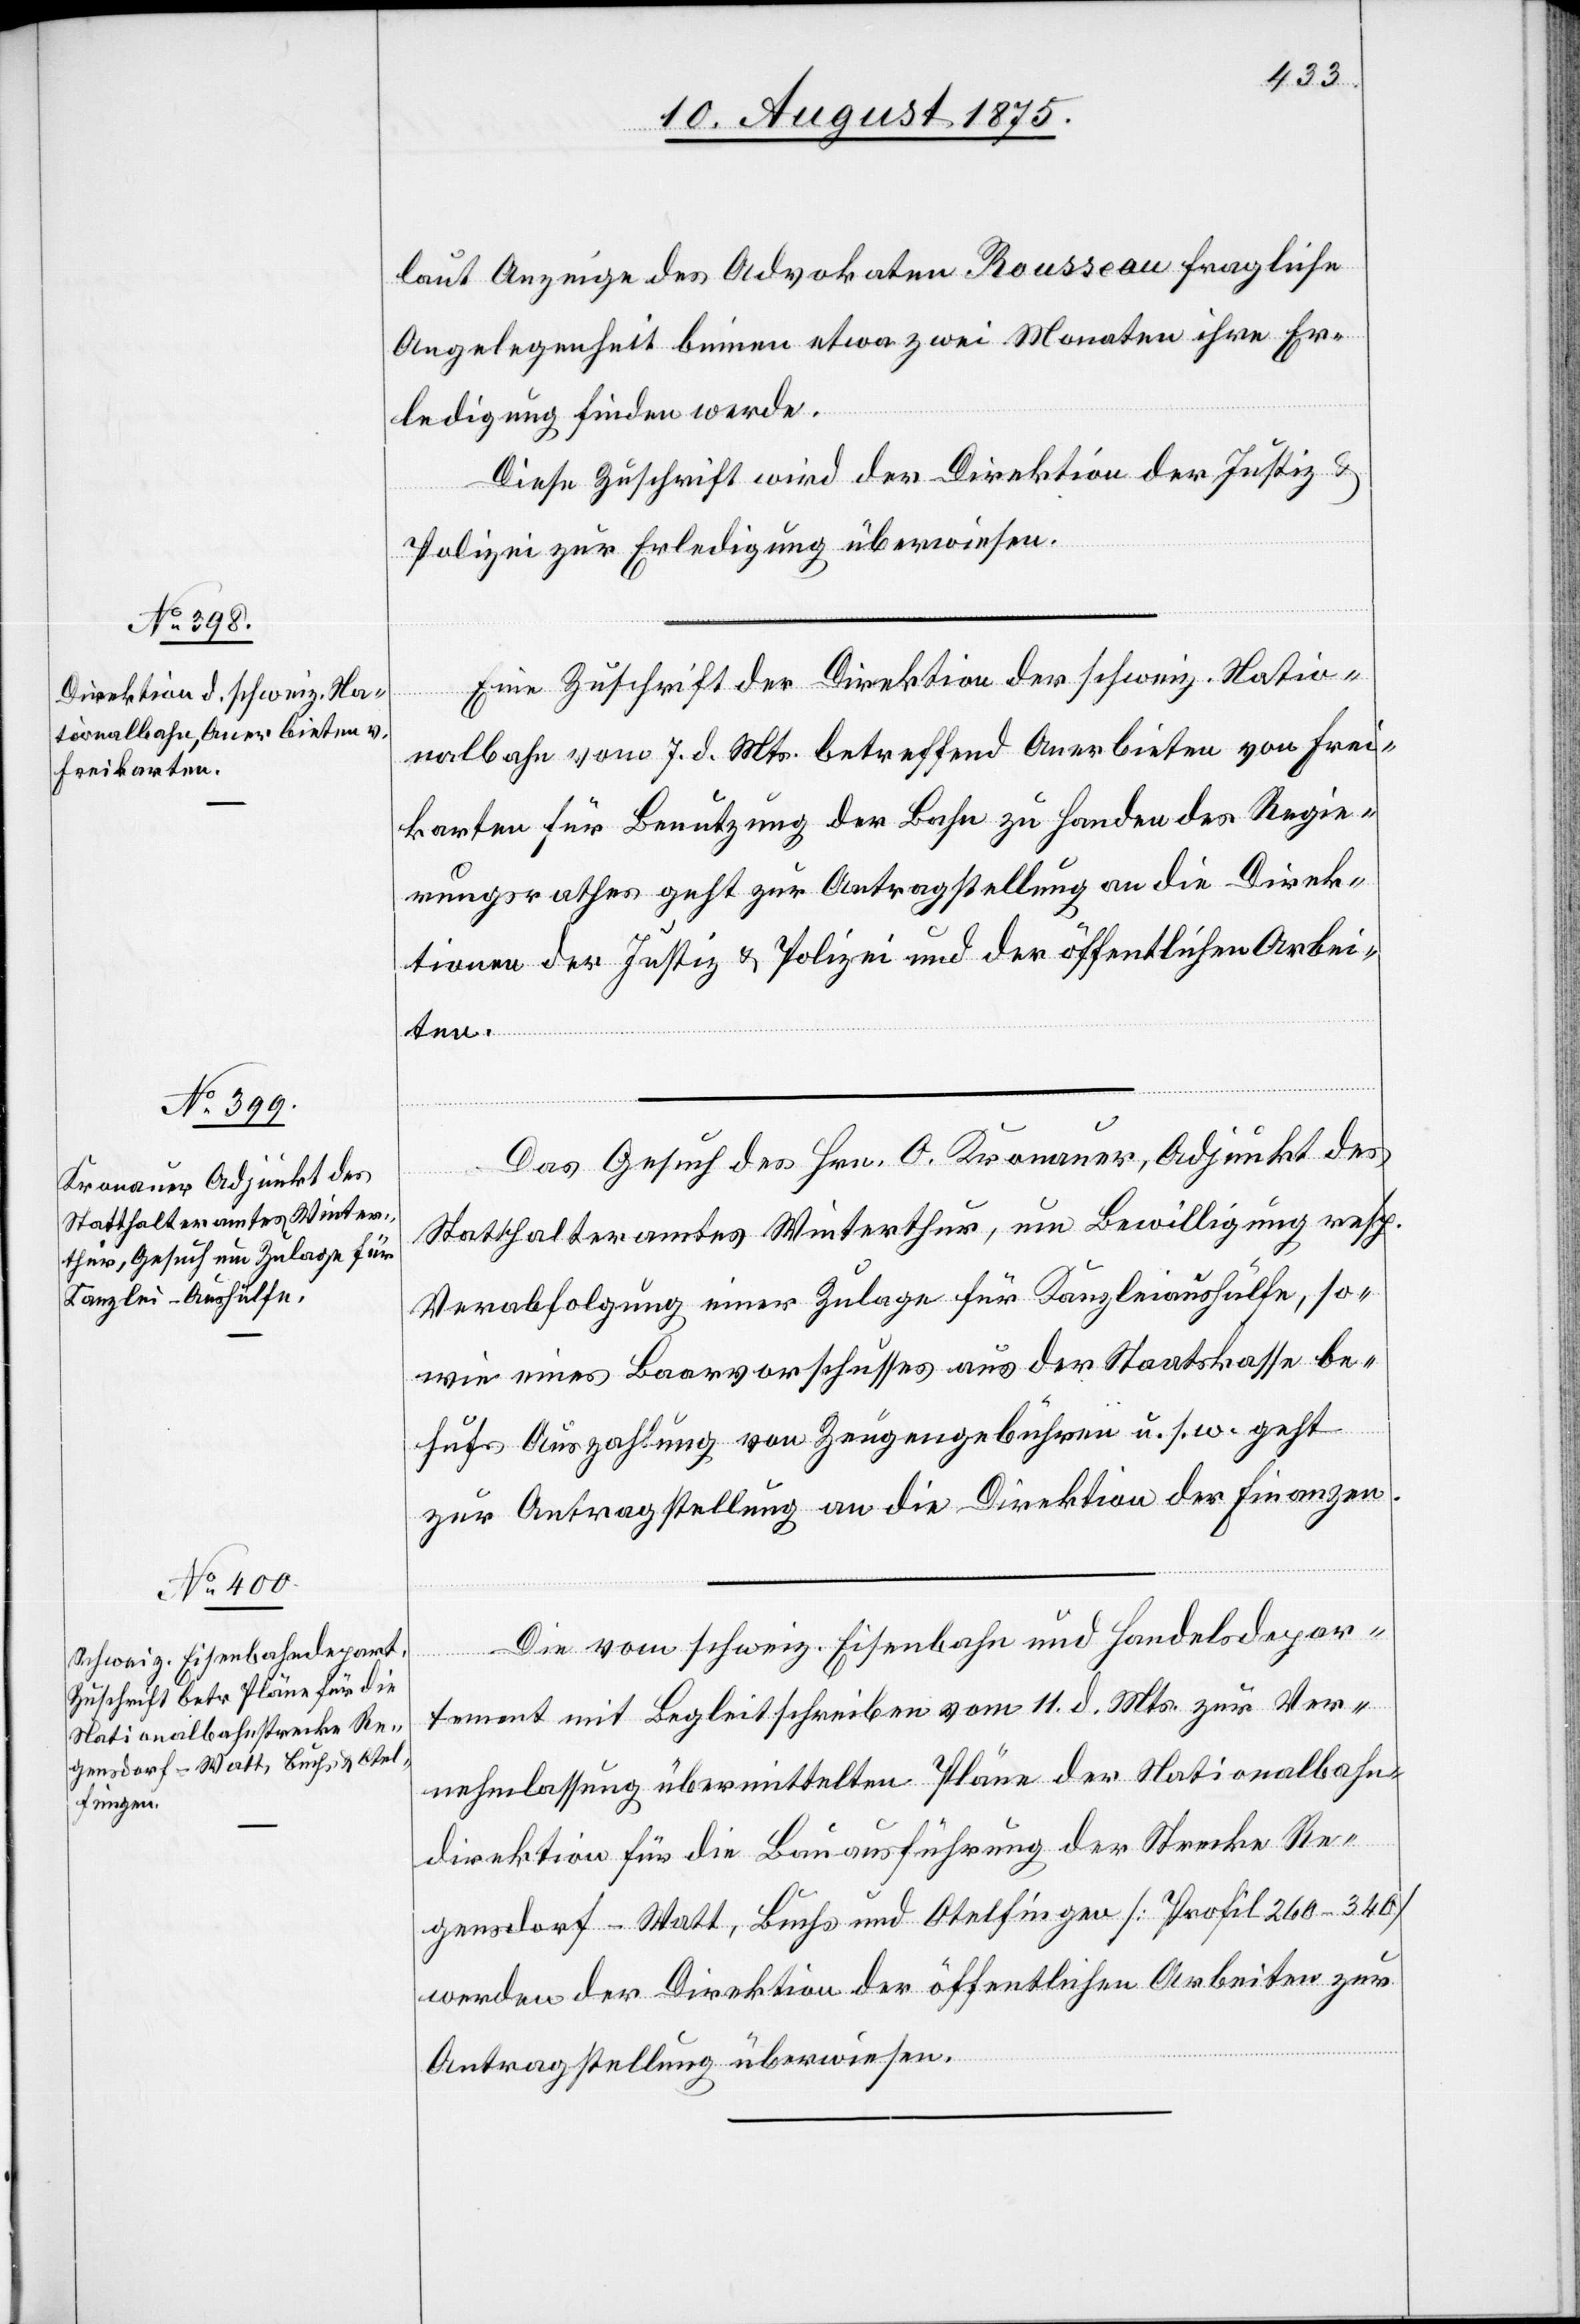
fügungen.

12. August 1875.]
laut Anzeige des Advokaten Rousseau fragliche
Angelegenheit binnen etwa zwei Monaten ihre Er¬
ledigung finden werde.
Diese Zuschrift wird der Direktion der Justiz &
Polizei zur Erledigung überwiesen.
Eine Zuschrift der Direktion der schweiz. Natio¬
nalbahn vom 7. d. Mts. betreffend Anerbieten von Frei¬
karten für Benutzung der Bahn zu Handen des Regie¬
rungsrathes geht zur Antragstellung an die Direk¬
tionen der Justiz & Polizei und der öffentlichen Arbei¬
l-Ver¬
Das Gesuch des Hrn. O. Kronauer, Adjunkt des
[Präsidia¬
Statthalteramtes Winterthur, um Bewilligung resp.
Verabfolgung einer Zulage für Kanzleiaushülfe, so¬
wie eines Baarvorschusses aus der Staatskasse be¬
hufs Auszahlung von Zeugengebühren u. s. w. geht
zur Antragstellung an die Direktion der Finanzen.
Die vom schweiz. Eisenbahn- und Handelsdepar¬
tement mit Begleitschreiben vom 11. d. Mts. zur Ver¬
nehmlassung übermittelten Pläne der Nationalbahn¬
direktion für die Bauausführung der Strecke Re¬
gensdorf–Watt, Buchs und Otelfingen [Profil 260–340]
werden der Direktion der öffentlichen Arbeiten zur
Antragstellung überwiesen.